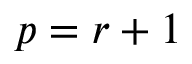
p = r + 1